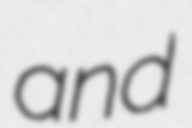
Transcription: and